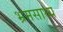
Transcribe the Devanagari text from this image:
भ्रमसाध्य